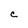
Character: C